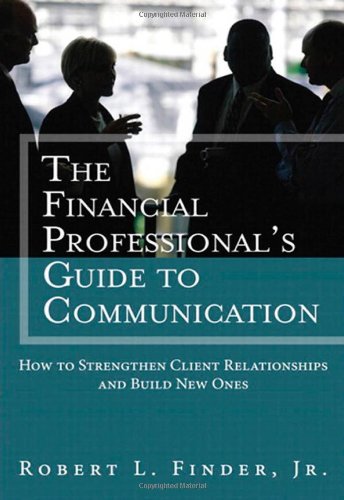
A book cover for The Financial Professionals Guide to Communication: How to Strengthen Client Relationships and Build New Ones (Applied Corporate Finance); Robert L. Finder; Business & Money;